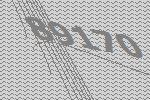
89170